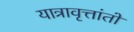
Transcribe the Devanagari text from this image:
यात्रावृत्तांतों